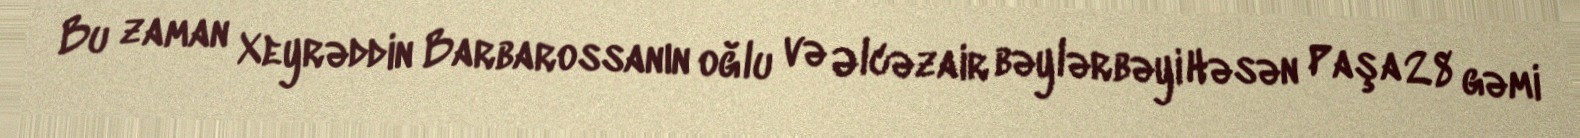
Bu zaman Xeyrəddin Barbarossanın oğlu və Əlcəzair bəylərbəyi Həsən Paşa 28 gəmi